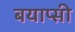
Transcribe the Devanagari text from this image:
बयाप्सी